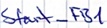
Text: Start_FB1